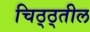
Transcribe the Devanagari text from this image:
चिठ्ठ्तील